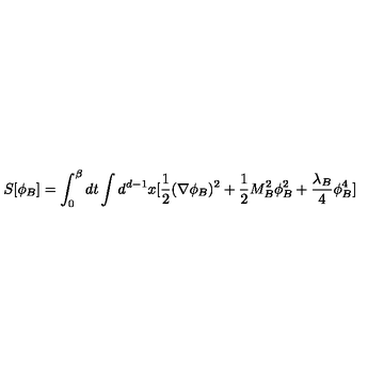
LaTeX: S [ \phi _ { B } ] = \int _ { 0 } ^ { \beta } d t \int d ^ { d - 1 } x [ \frac { 1 } { 2 } ( \nabla \phi _ { B } ) ^ { 2 } + \frac { 1 } { 2 } M _ { B } ^ { 2 } \phi _ { B } ^ { 2 } + \frac { \lambda _ { B } } { 4 } \phi _ { B } ^ { 4 } ]